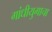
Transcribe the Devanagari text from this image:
गांधीयुगाचा